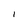
Character: I